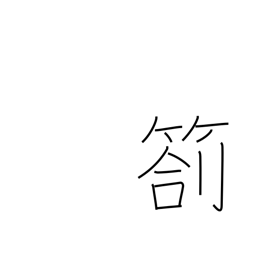
Meaning: progress report